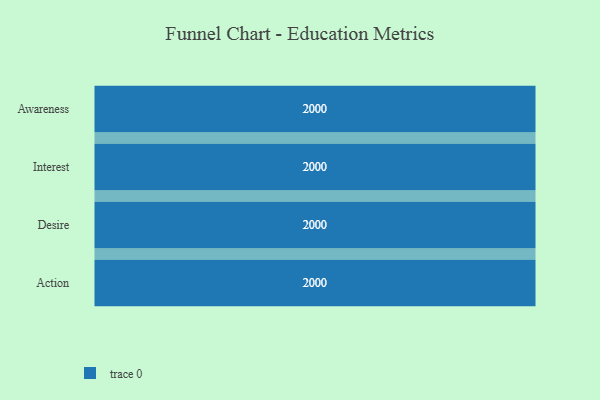
{"axis": {"x": "Stage", "y": "Value"}, "legend": [""], "data": [{"x": "Awareness", "y": 2000, "type": ""}, {"x": "Interest", "y": 2000, "type": ""}, {"x": "Desire", "y": 2000, "type": ""}, {"x": "Action", "y": 2000, "type": ""}]}